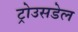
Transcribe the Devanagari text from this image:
ट्रोउसडेल